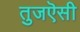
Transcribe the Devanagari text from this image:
तुजऎसी